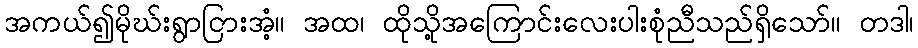
အကယ်၍မိုဃ်းရွာငြားအံ့။ အထ၊ ထိုသို့အကြောင်းလေးပါးစုံညီသည်ရှိသော်။ တဒါ၊